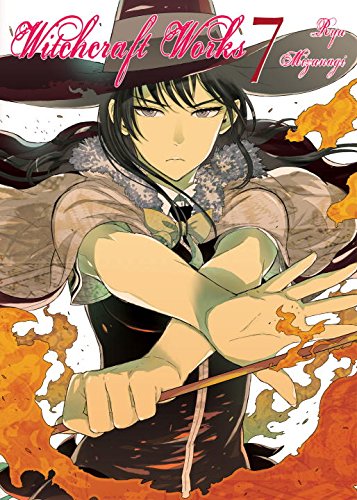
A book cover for Witchcraft Works, Volume 7; Ryu Mizunagi; Comics & Graphic Novels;